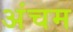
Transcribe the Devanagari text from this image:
अंचम